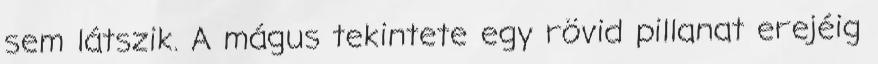
sem látszik. A mágus tekintete egy rövid pillanat erejéig